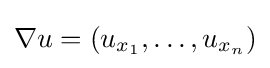
\nabla u=(u_{x_{1}},\dots ,u_{x_{n}})